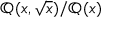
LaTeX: \mathbb { Q } ( x , { \sqrt { x } } ) / \mathbb { Q } ( x )